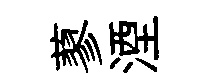
蓼湮